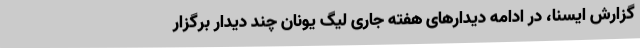
گزارش ایسنا، در ادامه دیدارهای هفته جاری لیگ یونان چند دیدار برگزار